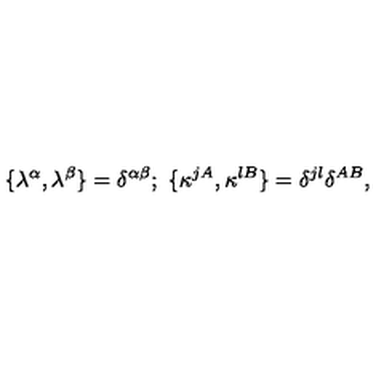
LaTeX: \{ \lambda ^ { \alpha } , \lambda ^ { \beta } \} = \delta ^ { \alpha \beta } ; \ \{ \kappa ^ { j A } , \kappa ^ { l B } \} = \delta ^ { j l } \delta ^ { A B } ,